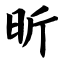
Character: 昕